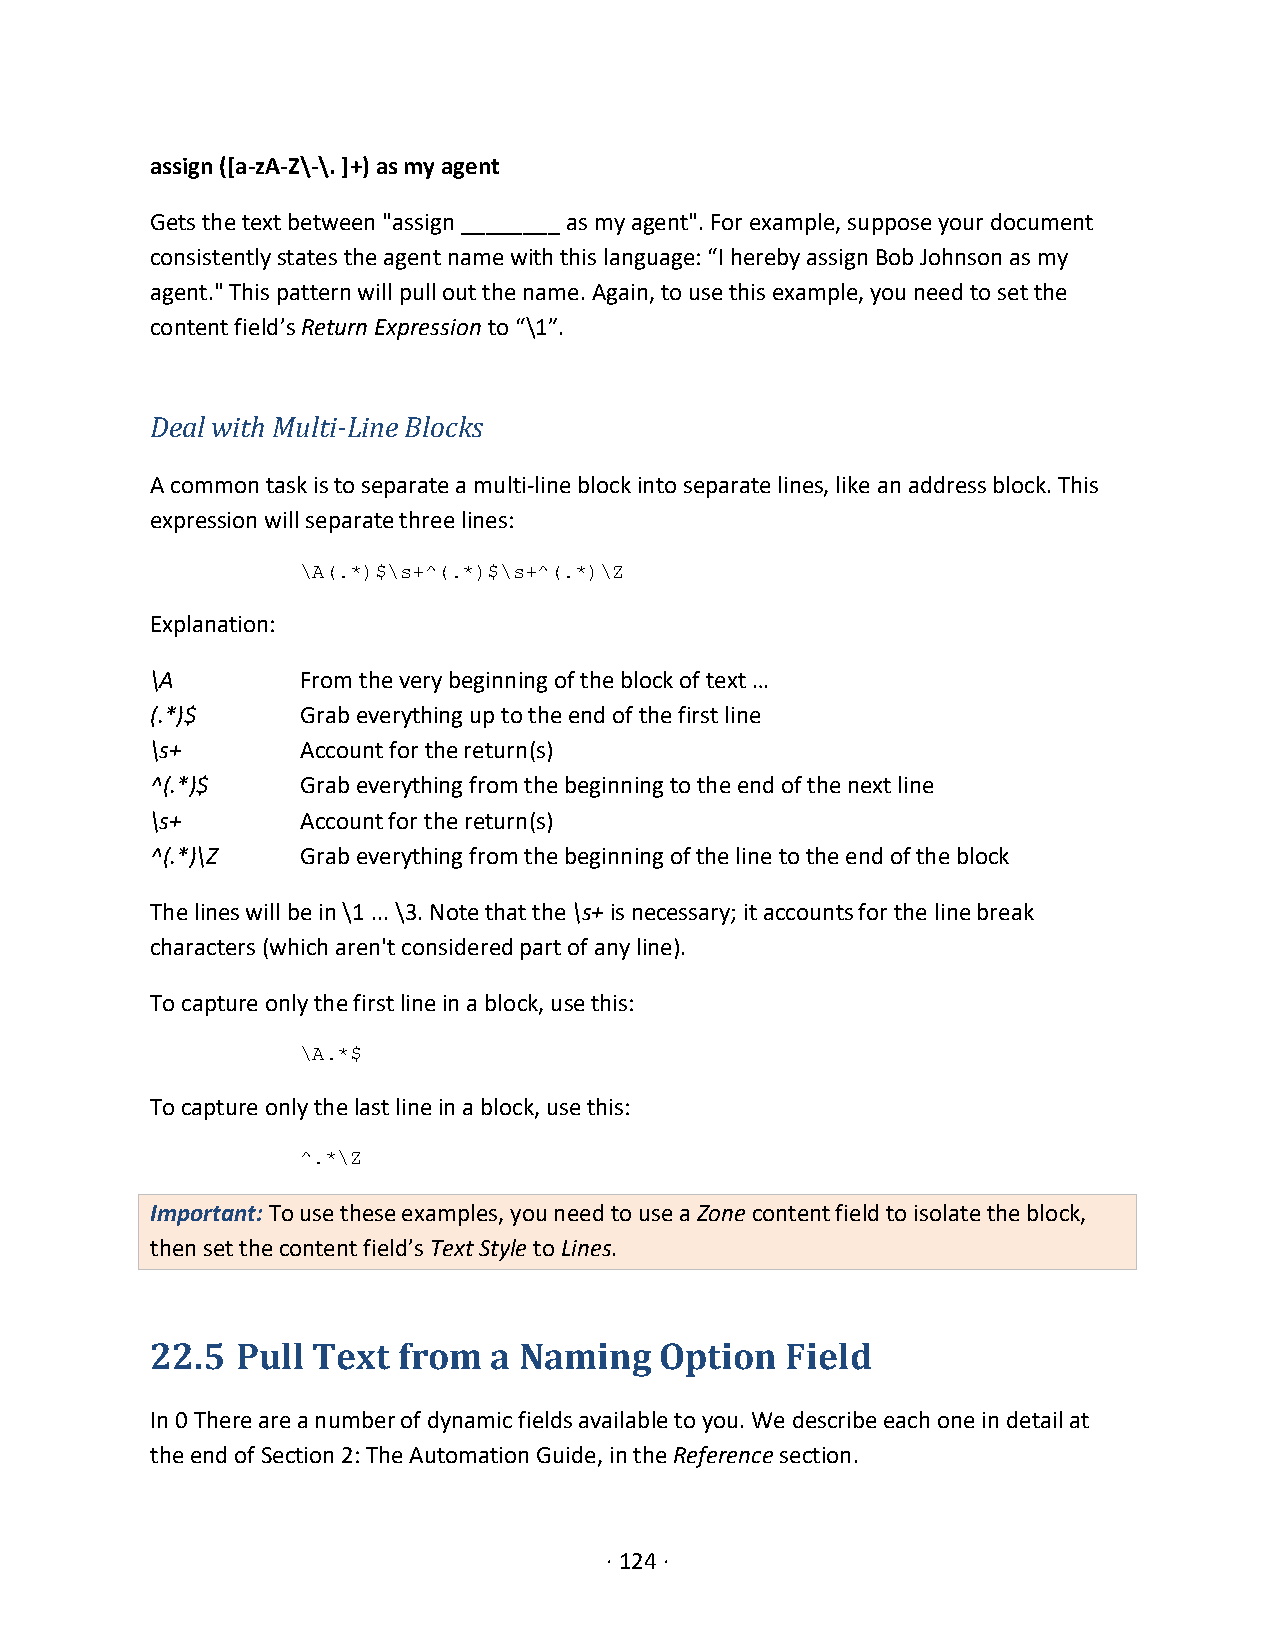
assign ([a-zA-Z\-\. ]+) as my agent
 Gets the text between "assign ________ as my agent". For example, suppose your document
 consistently states the agent name with this language: “I hereby assign Bob Johnson as my
 agent." This pattern will pull out the name. Again, to use this example, you need to set the
 content field’s Return Expression to “\1”.
 Deal with Multi-Line Blocks
 A common task is to separate a multi-line block into separate lines, like an address block. This
 expression will separate three lines:
 \A(.*)$\s+^(.*)$\s+^(.*)\Z
 Explanation:
 \A        From the very beginning of the block of text …
 (.*)$     Grab everything up to the end of the first line
 \s+       Account for the return(s)
 ^(.*)$    Grab everything from the beginning to the end of the next line
 \s+       Account for the return(s)
 ^(.*)\Z   Grab everything from the beginning of the line to the end of the block
 The lines will be in \1 ... \3. Note that the \s+ is necessary; it accounts for the line break
 characters (which aren't considered part of any line).
 To capture only the first line in a block, use this:
 \A.*$
 To capture only the last line in a block, use this:
 ^.*\Z
 Important: To use these examples, you need to use a Zone content field to isolate the block,
 then set the content field’s Text Style to Lines.
 22.5  Pull Text from  a Naming    Option  Field
 In 0 There are a number of dynamic fields available to you. We describe each one in detail at
 the end of Section 2: The Automation Guide, in the Reference section.
 · 124 ·